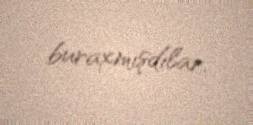
buraxmışdılar.